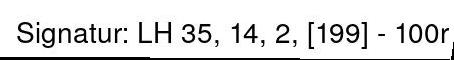
Signatur: LH 35, 14, 2, [199] - 100r